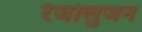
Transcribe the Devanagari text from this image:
रेजोलुजन